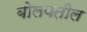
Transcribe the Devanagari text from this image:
बोलवतील